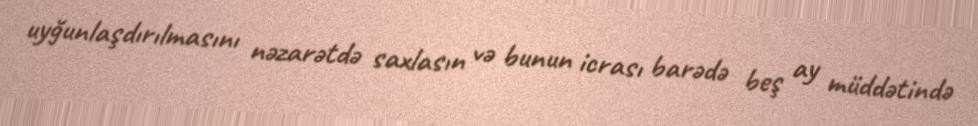
uyğunlaşdırılmasını nəzarətdə saxlasın və bunun icrası barədə beş ay müddətində